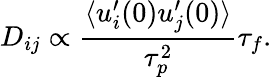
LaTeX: D_{ij}\propto\frac{\langle u_{i}^{\prime}(0)u_{j}^{\prime}(0)\rangle}{\tau_{p}^{2}}\tau_{f}.